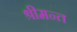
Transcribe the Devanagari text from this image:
श्रीमन्त